Annual report on the Civil Veterinary Department, Burma (including the Insein Veterinary School) - 1910-1922
Year: 1910
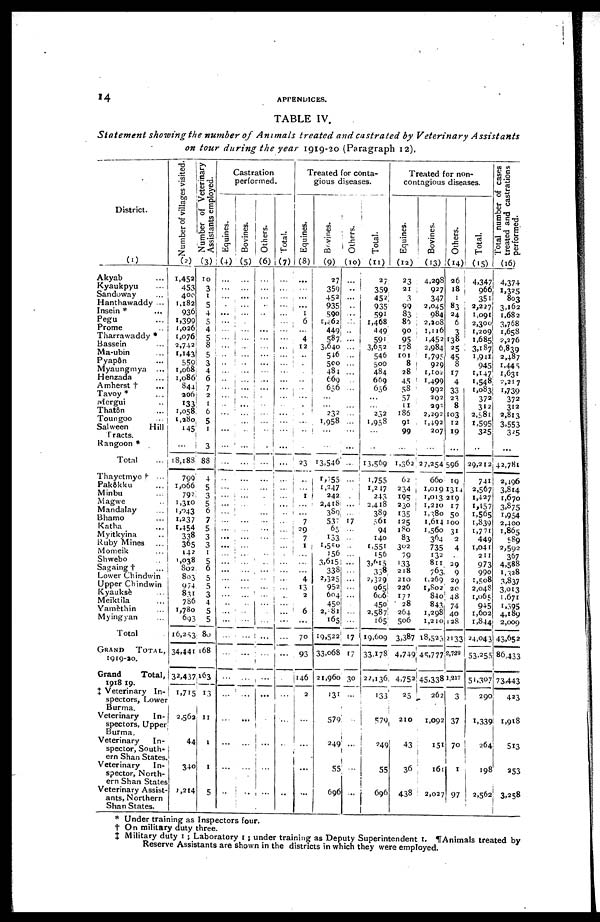
14
APPENDICES.
TABLE IV.
Statement showing the number of Animals treated and castrated by Veterinary
Assistants
on tour during the year 1919-20 (Paragraph 12).
District.
(1)
Akyab ...
Kyaukpyu ...
Sandoway ...
Hantbawaddy ...
Insein * ...
Pegu
Prome ...
Tharrawaddy *
Bassein ...
Ma-ubin ...
Pyap8n
Myaungmya ...
Henzada ...
Amherst † ...
Tavoy * ...
Mergui ...
Thatôn
Toungoo
...
Salween
Hill
Tracts.
Rangoon *
Total
Thayetmyo † ...
Pakôkku
...
Minbu
...
Magwe
..
Mandalay
...
Bhamo ...
Katha ...
Myitkyina ..
Ruby Mines
...
Momeik
...
Shwebo
..
Sagaing †
...
Lower Chindwin
Upper Chindwin
Kyauksè
...
Meiktila
...
Yamèthin
Myingyan ...
Total
GRAND
TOTAL,
1919-20.
Grand
Total,
1018-19.
X Veterinary In-
spectors, Lower
Burma.
Veterinary
In-
spectors, Upper
Burma.
Veterinary
In-
spector, South-
ern Shan States.
Veterinary
In-
spector, North-
ern Shan States
Veterinary Assist-
ants, Northern
Shan States.
Number of villages visited.
(2)
1,452
453
400
1,182
936
1,399
1,026
1,076
2,742
1,143
559
1,068
1,086
844
206
133
1,058
1,280
145
...
18,188
799
1,066
792
1,310
1,243
1,237
1,454
338
365
142
1,038
802
803
974
831
786
1,780
693
16,253
34,441
32,437
1,715
2,562
44
340
1,214
Number of Veterinary
Assistants employed.
(3)
10
3
1
5
4
5
4
5
8
5
3
4
6
7
2
1
6
5
1
3
88
4
5
3
5
6
7
5
3
3
1
5
6
5
5
3
4
5
5
80
168
163
13
11
1
1
5
Castration
performed.
Equines.
(4)
...
...
...
...
...
...
...
...
...
..
...
...
...
...
...
...
...
...
...
...
...
...
...
...
...
...
...
...
...
...
...
...
...
...
...
...
...
...
...
...
...
...
...
...
...
...
...
Bovines.
(5)
...
...
...
...
...
...
...
...
...
...
...
...
...
...
...
...
...
...
...
...
...
...
...
...
...
...
...
...
...
...
...
...
...
...
...
...
...
...
...
...
...
...
...
...
...
...
..
Others.
(6)
...
...
...
...
...
...
...
...
...
...
...
...
...
...
...
...
...
...
..
...
...
...
...
.
...
...
... ...
...
...
..
.....
...
...
...
...
...
...
...
...
...
...
...
...
...
...
...
Total.
(7)
...
...
...
...
...
...
...
...
...
...
...
...
...
...
...
...
...
...
...
...
...
...
...
...
...
...
...
...
...
...
...
...
...
...
...
...
...
...
...
...
...
...
...
...
...
...
..
Treated for conta-
gious diseases.
Equines.
(8)
...
...
...
...
1
6
...
4
12
...
...
.
..
..
...
.
.
...
...
...
23
...
...
1
...
...
7
29
7
1
...
...
...
4
13
2
...
6
...
70
93
146
2
...
...
...
...
Bovines.
(9)
27
359
452
935
590
1,462
449
587
3,640
546
500
484
669
656
...
... 232
1,958
...
...
13,546
1,755
1,247
242
2,418
389
53:
65
133
1,550
156
3,615
338
2,325
952
604
450
2,281
165
19,522
33,068
21,960
131
579
249
55
696
Others.
(10)
...
...
...
...
...
...
...
...
...
...
...
...
...
...
...
...
...
...
...
...
...
...
...
.
...
...
17
...
...
...
...
...
...
...
...
...
...
...
...
17
17
30
...
...
...
...
...
Total.
(11)
27
359
452
935
591
1,468
449
591
3,652
546
500
484
669
656
...
...
232
1,958
...
13,569
1,755
1,217
243
2,418
389
561
94
140
1,551
156
3,615
338
2,329
965
606
450
2,587
165
19,609
33,178
22,136
133
579
249
55
696
Treated for non-
contagious diseases.
Equines.
(12)
23
21
3
99
83
85
90
95
178
101
8
28
45
58
57
11
186
91
99
...
1,362
62
234
195
230
135
125
180
83
302
79
133
218
210
226
177
28
264
506
3,387
4,749
4,752
25
210
43
36
438
Bovines.
(13)
4,298
927
347
2,045
984
2,208
1,116
1,452
2,984
1,795
929
1,102
1,499
992
292
293
2,292
1,192
207
...
27,254
660
1,019
1,013
1,210
1,380
1,614
1,560
364
735
132
811
763
1,269
1,802
84o
843
1,298
1,210
18,523
45,777
45,338
262
1,092
151
16
2,027
Others.
(14)
26
18
1
83
24
6 3
138
25
45
8
17
4
33
23
8
103
12
19
...
596
19
1314
219
17
50
100
31
2
4
29
9
29
20
48
74
40
128
2133
2,729
1,217
3
37
70
1
97
Total.
(15)
4,347
966
351
2,227,
1,091
2,300!
1,209
1,685
3,187
1,941
945
1,147
1,548
1,083
372
312
2,581
1,595
325
...
29,212
741
2,567
1,427
1,457
1,565
1,839
1,771
449
1,041
211
973
990
1,508
2,048
1,065
945
1,602
1,844
24,04]
53,255
51,307
290
1,339
264
198
2,56
Total number of cases
treated and castrations
performed.
(16)
4,374
1,325
803
3,162
1,682
3,768
1,658
2,276
6,839
2,487
1,445
1,631
2,217
1,739
372
312
2,813
3,553
325
...
42,781
2,496
3,814
1,670
3,875
1,954
2,400
1,865
589
2,592
367
4,588
1,328
3,837
3,013
1,671
1,395
4,189
2,009
43,652
86,433
73,443
423
1,918
513
253
3,258
* Under training as Inspectors four.
† On military duty three.
‡ Military duty 1; Laboratory 1 ; under training as Deputy Superintendent 1. ¶Animals treated by
Reserve Assistants are shown in the districts in which they were employed.